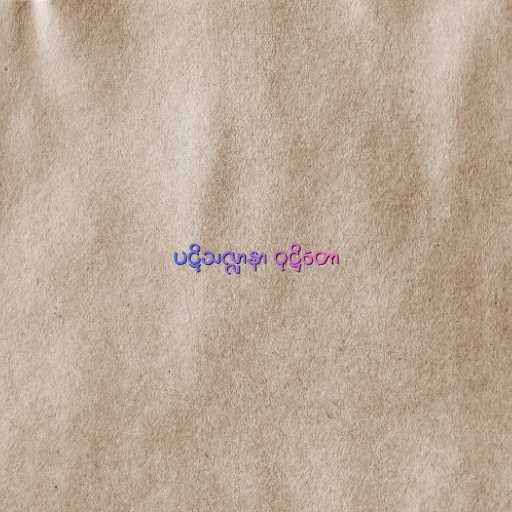
ပဋိသလ္လာနာ ဝုဋ္ဌိတော